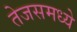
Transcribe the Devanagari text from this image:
तेजसमध्ये